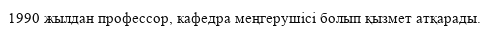
1990 жылдан профессор, кафедра меңгерушісі болып қызмет атқарады.